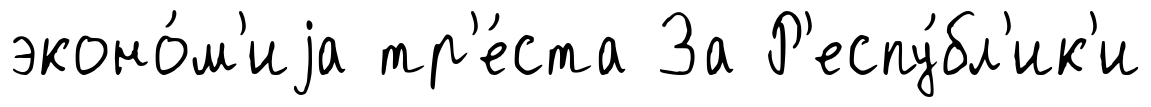
эконо́м'иjа тр'е́ста За Р'еспу́бл'ик'и